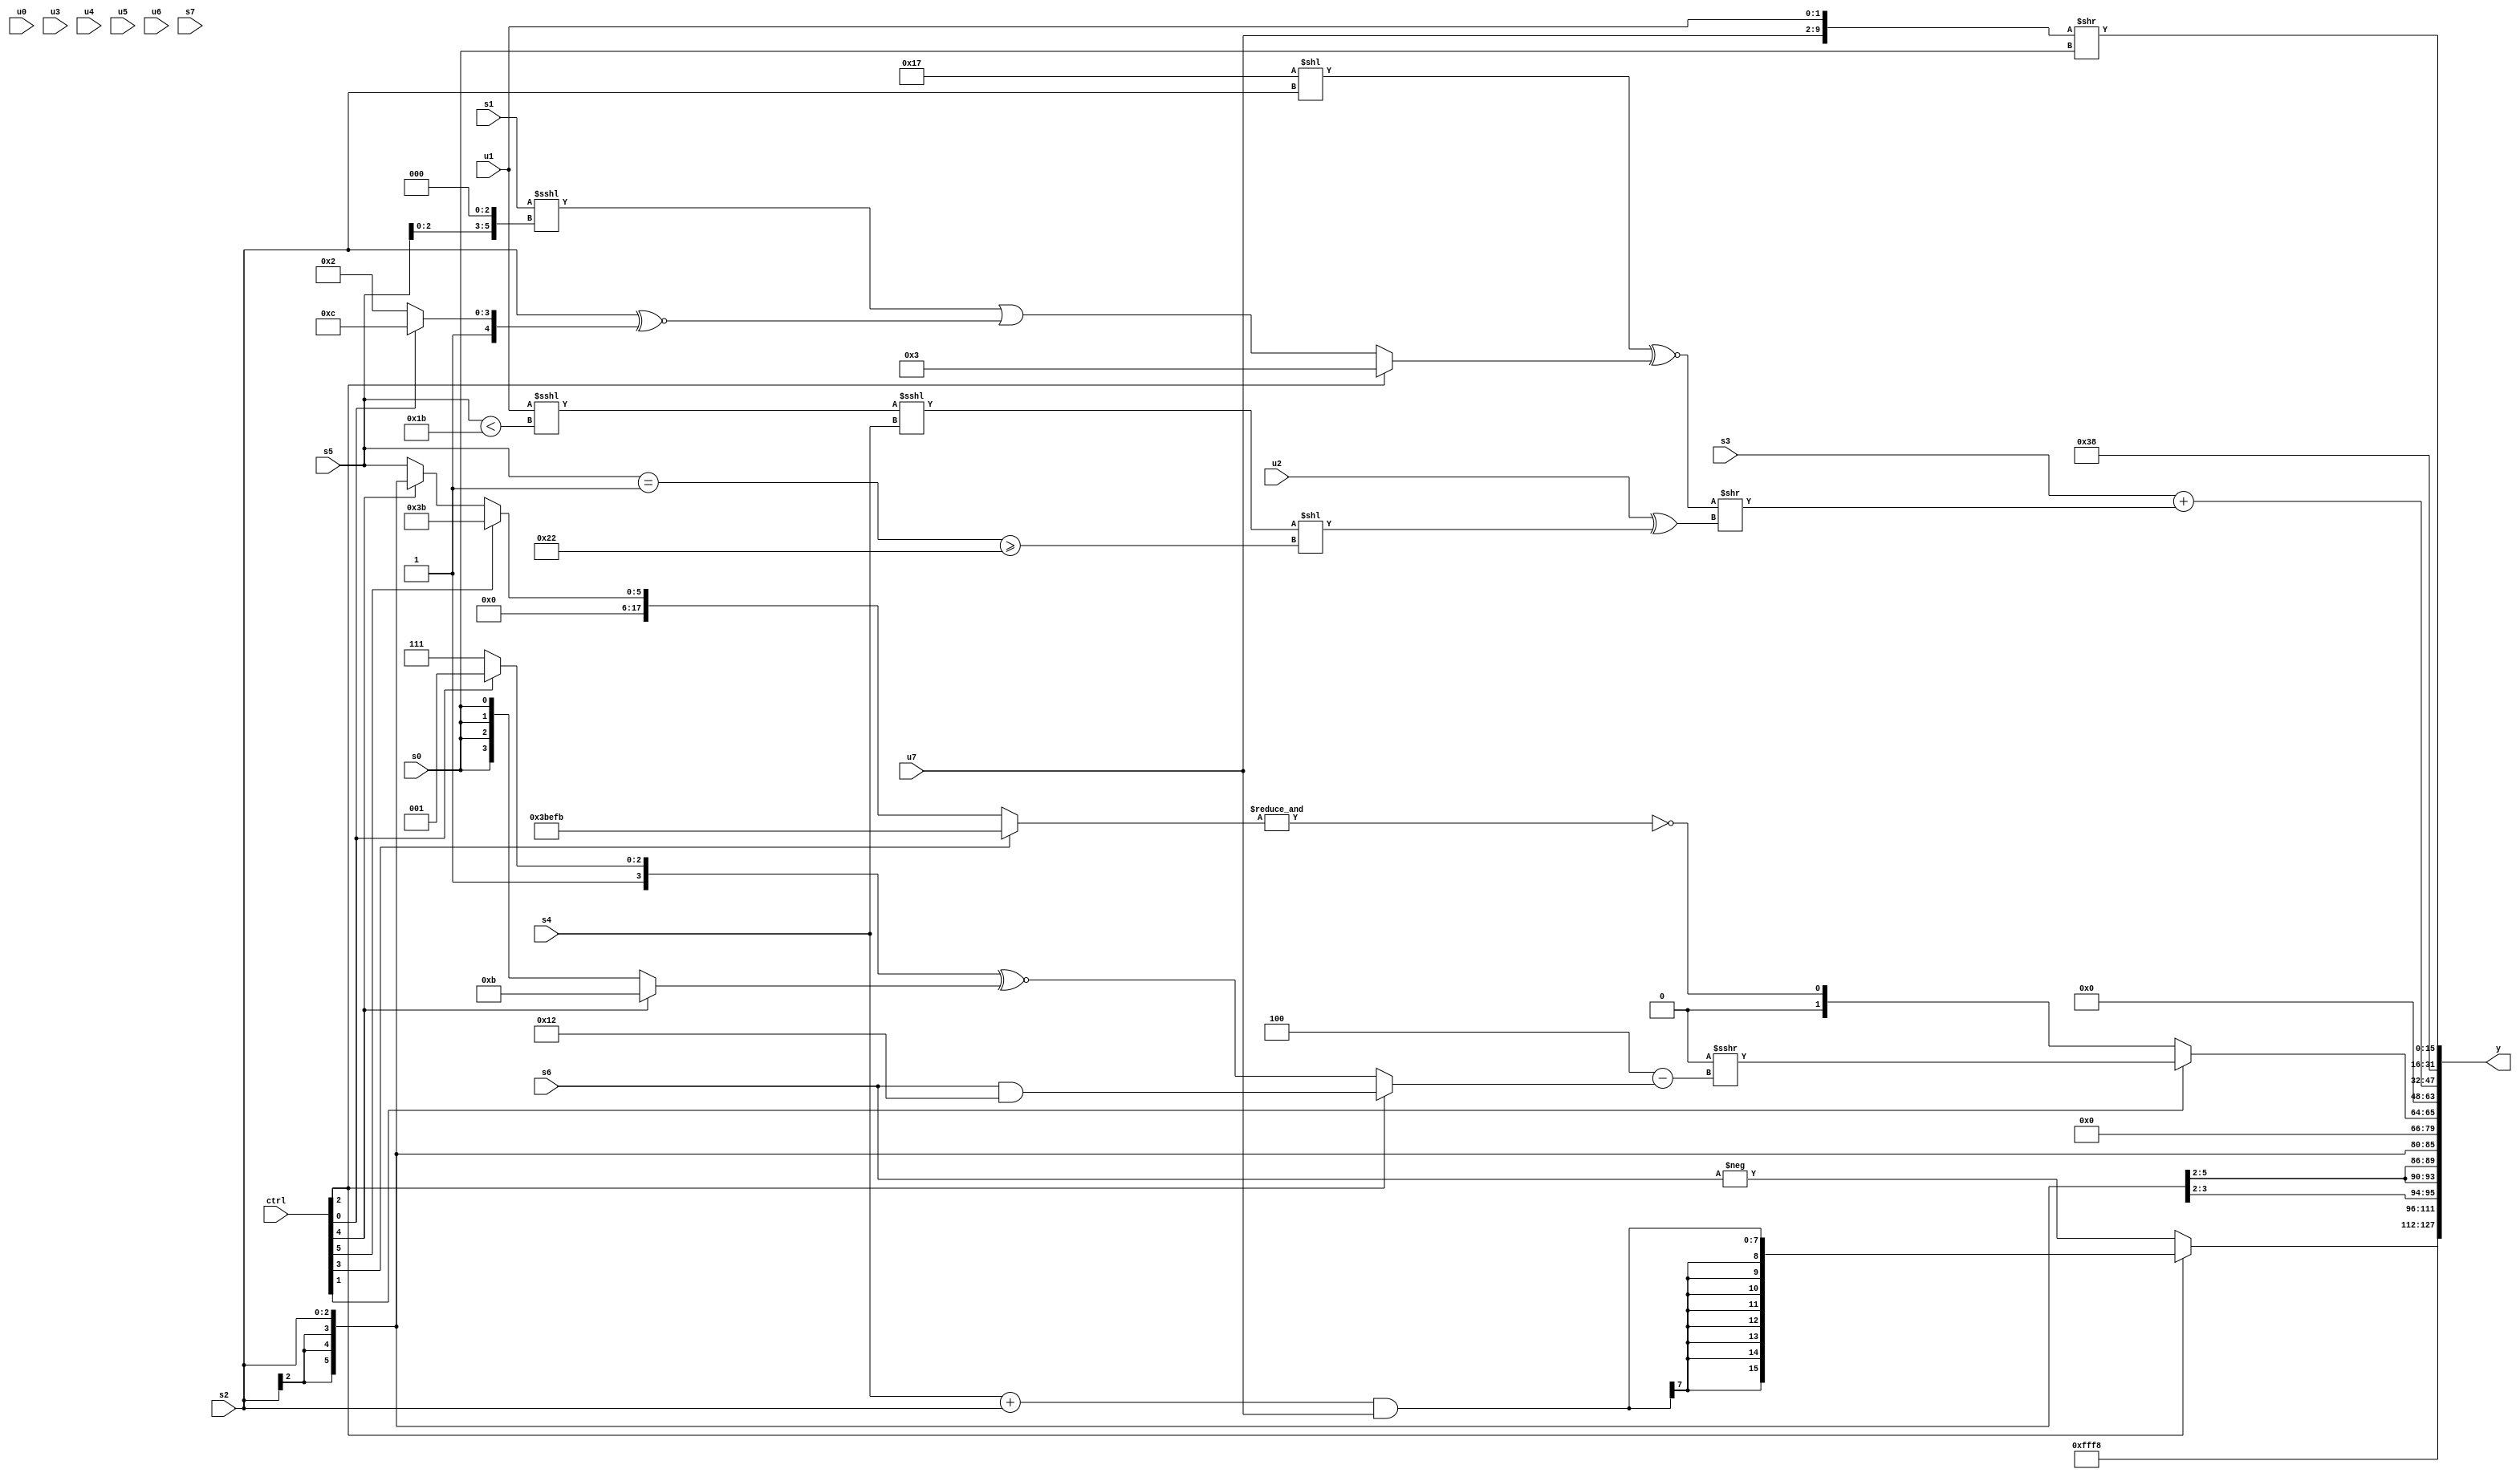
module wideexpr_00334(ctrl, u0, u1, u2, u3, u4, u5, u6, u7, s0, s1, s2, s3, s4, s5, s6, s7, y);
  input [7:0] ctrl;
  input [0:0] u0;
  input [1:0] u1;
  input [2:0] u2;
  input [3:0] u3;
  input [4:0] u4;
  input [5:0] u5;
  input [6:0] u6;
  input [7:0] u7;
  input signed [0:0] s0;
  input signed [1:0] s1;
  input signed [2:0] s2;
  input signed [3:0] s3;
  input signed [4:0] s4;
  input signed [5:0] s5;
  input signed [6:0] s6;
  input signed [7:0] s7;
  output [127:0] y;
  wire [15:0] y0;
  wire [15:0] y1;
  wire [15:0] y2;
  wire [15:0] y3;
  wire [15:0] y4;
  wire [15:0] y5;
  wire [15:0] y6;
  wire [15:0] y7;
  assign y = {y0,y1,y2,y3,y4,y5,y6,y7};
  assign y0 = (ctrl[2]?$signed(($signed((s4)+(s2)))&(u7)):-(s6));
  assign y1 = $signed(4'sb1000);
  assign y2 = (ctrl[0]?s2:s2);
  assign y3 = (ctrl[1]?$signed((2'sb00)>>>((-(4'sb0100))-((ctrl[2]?(ctrl[2]?(s6)&(6'sb110010):(s3)&(2'sb10)):((ctrl[0]?5'sb11001:1'sb1))^~((ctrl[4]?4'sb1011:s0)))))):~&({2{(ctrl[3]?{3{(ctrl[3]?6'sb111011:s0)}}:$unsigned((ctrl[5]?4'sb1011:(ctrl[4]?s2:s5))))}}));
  assign y4 = (ctrl[1]?4'sb0000:+($signed(2'b00)));
  assign y5 = (+(s3))+((((6'sb010111)<<($signed(s2)))^~((ctrl[2]?3'sb011:+(($signed((+(s1))<<<((s5)<<(6'sb000011))))|((s2)^~($signed((ctrl[0]?3'sb100:5'sb10010))))))))>>((u2)^((({1{$signed(($signed(u1))<<<((s5)<(6'sb011011)))}})<<<(s4))<<($signed(($signed($unsigned((s5)==(1'sb1))))>=(6'sb100010))))));
  assign y6 = 6'b111000;
  assign y7 = ($signed({u7,$signed(u1)}))>>(s0);
endmodule